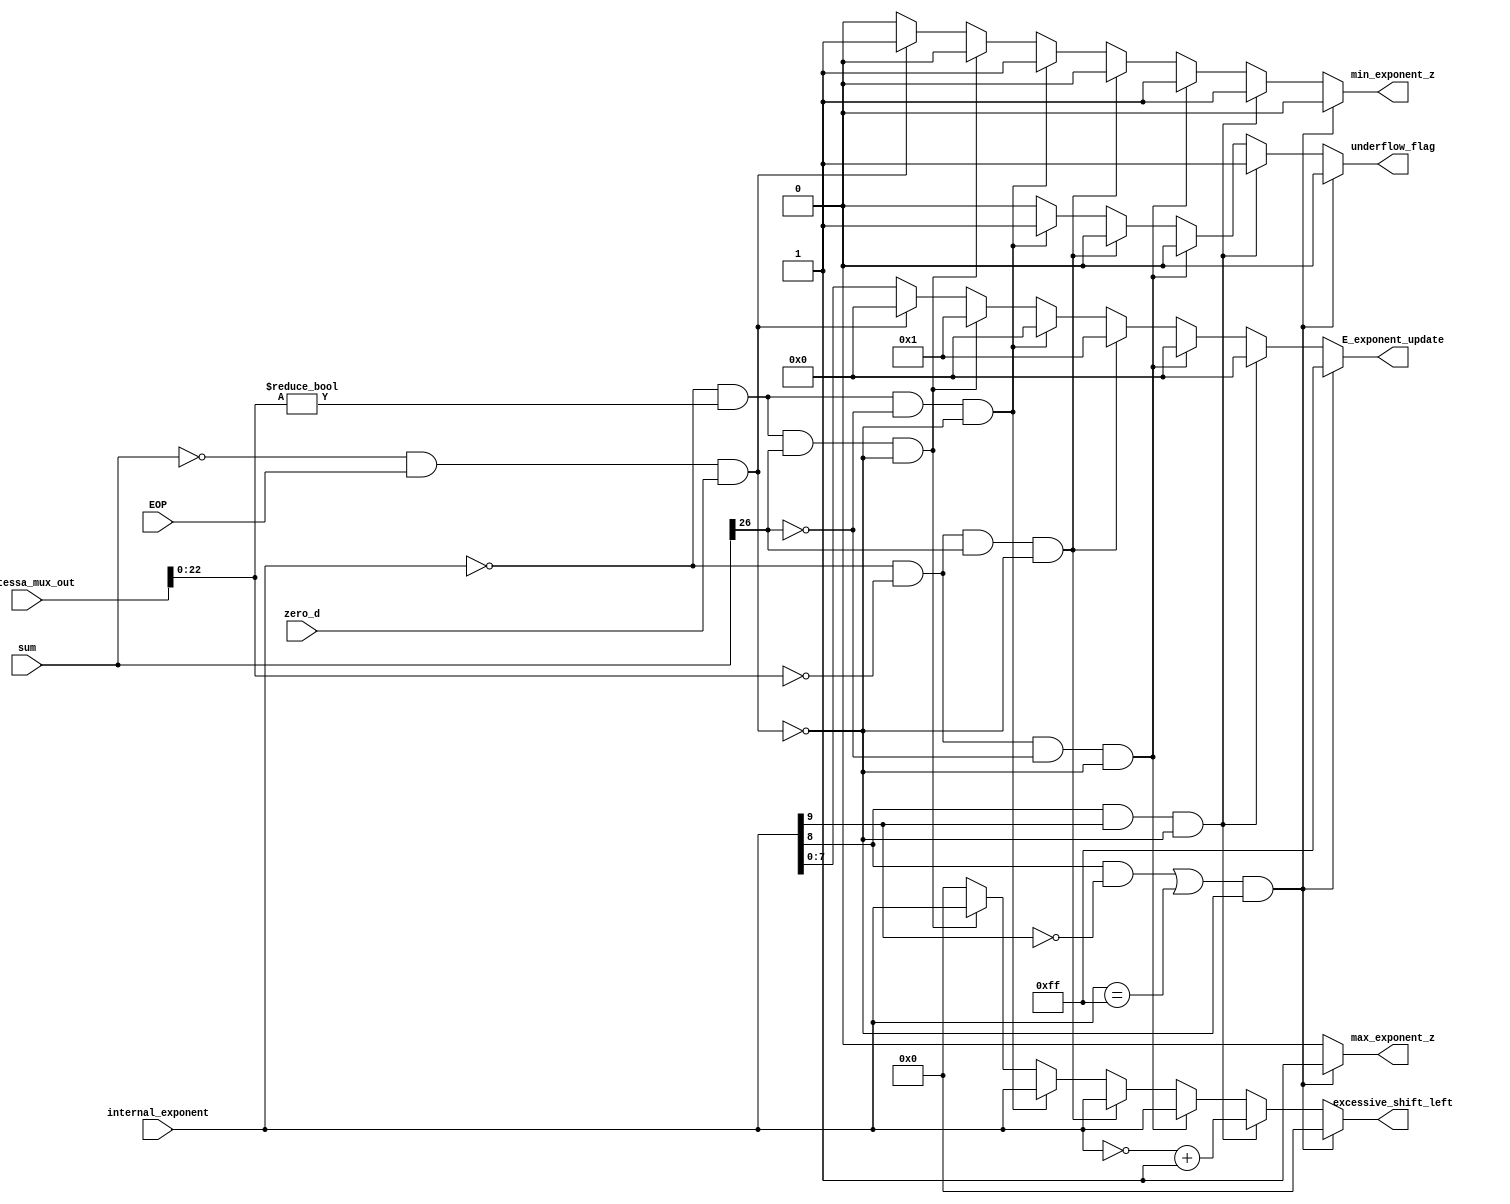
module Exponent_Update_2 (internal_exponent , mantessa_mux_out , sum , EOP , zero_d , E_exponent_update , max_exponent_z , min_exponent_z , excessive_shift_left , underflow_flag);
input [9:0]internal_exponent;
input [23:0]mantessa_mux_out;
input [26:0]sum;
input EOP;
input zero_d;
output reg [7:0]E_exponent_update;
output reg max_exponent_z , min_exponent_z;
output reg [9:0]excessive_shift_left;
output reg underflow_flag;
always@(*)
begin
    if( (( (internal_exponent[8] == 1'b 1) && (internal_exponent[9] == 1'b 0) ) || (internal_exponent == 10'b 0011_1111_11)) && !((sum == 27'b 0000_0000_0000_0000_0000_0000_000) && (EOP == 1'b 1) && (zero_d == 1)) )     //max exponent case
		begin
			E_exponent_update = 8'b 1111_1111;
			max_exponent_z = 1;
			min_exponent_z = 0;
			excessive_shift_left = 0;
			underflow_flag = 0;
		end
	else if(((internal_exponent[8] == 1'b 1) && (internal_exponent[9] == 1'b 1)) && !((sum == 27'b 0000_0000_0000_0000_0000_0000_000) && (EOP == 1'b 1) && (zero_d == 1)))   //min exponent case
		begin
			E_exponent_update = 8'b 0000_0000;
			max_exponent_z = 0;
			min_exponent_z = 1;
			excessive_shift_left = ~internal_exponent + 1'b 1;
			underflow_flag = 1;
		end
	else if(((internal_exponent == 10'b 0000_0000_00) && (mantessa_mux_out[22:0] == 23'b 0000_0000_0000_0000_0000_000) && (sum[26] == 1'b 0)) && !((sum == 27'b 0000_0000_0000_0000_0000_0000_000) && (EOP == 1'b 1) && (zero_d == 1)))//not uderflow and not normalized number
		begin
			E_exponent_update = 8'b 0000_0000;
			max_exponent_z = 0;
			min_exponent_z = 1;
			excessive_shift_left = internal_exponent;
			underflow_flag = 0;
		end
	else if(((internal_exponent == 10'b 0000_0000_00) && (mantessa_mux_out[22:0] == 23'b 0000_0000_0000_0000_0000_000) && (sum[26] == 1'b 1)) && !((sum == 27'b 0000_0000_0000_0000_0000_0000_000) && (EOP == 1'b 1) && (zero_d == 1)))//not underflow but normalized number
		begin
			E_exponent_update = 8'b 0000_0001;
			max_exponent_z = 0;
			min_exponent_z = 0;
			excessive_shift_left = internal_exponent;
			underflow_flag = 0;
		end			
	else if(((internal_exponent == 10'b 0000_0000_00) && (mantessa_mux_out[22:0] != 23'b 0000_0000_0000_0000_0000_000) && (sum[26] == 1'b 0)) && !((sum == 27'b 0000_0000_0000_0000_0000_0000_000) && (EOP == 1'b 1) && (zero_d == 1)))//underflow 
		begin
			E_exponent_update = 8'b 0000_0000;
			max_exponent_z = 0;
			min_exponent_z = 1;
			excessive_shift_left = internal_exponent;
			underflow_flag = 1;
		end
	else if(((internal_exponent == 10'b 0000_0000_00) && (mantessa_mux_out[22:0] != 23'b 0000_0000_0000_0000_0000_000) && (sum[26] == 1'b 1)) && !((sum == 27'b 0000_0000_0000_0000_0000_0000_000) && (EOP == 1'b 1) && (zero_d == 1)))//not underflow but normalized number 
		begin
			E_exponent_update = 8'b 0000_0001;
			max_exponent_z = 0;
			min_exponent_z = 0;
			excessive_shift_left = internal_exponent;
			underflow_flag = 0;
		end	
	//else if((internal_exponent == 10'b 0000_0000_00) && (sum[26] == 1'b 1))//not underflow
	else if((sum == 27'b 0000_0000_0000_0000_0000_0000_000) && (EOP == 1'b 1) && (zero_d == 1)) 
		begin
			E_exponent_update = 8'b 0000_0000;
			max_exponent_z = 0;
			min_exponent_z = 1;
			excessive_shift_left = 0;
			underflow_flag = 0;
		end

	else
		begin
			E_exponent_update = internal_exponent;
			max_exponent_z = 0;
			min_exponent_z = 0;
			excessive_shift_left = 0;
			underflow_flag = 0;
		end	
		
end	
endmodule